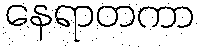
နေရာတကာ